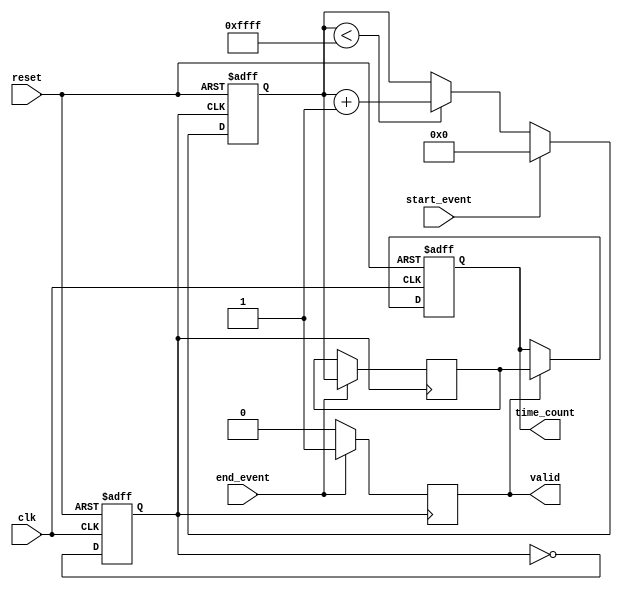
module TDC (
    input wire clk,                // System clock
    input wire reset,              // Reset signal
    input wire start_event,        // Start event signal
    input wire end_event,          // End event signal
    output reg [15:0] time_count,  // Output time interval count
    output reg valid               // Output valid signal
);

    // PLL Parameters
    parameter VCO_FREQ = 100;      // VCO frequency multiplier
    parameter COUNTER_WIDTH = 16;   // Width of the counter

    // Internal signals
    reg [COUNTER_WIDTH-1:0] counter; // Digital counter
    reg vco_clk;                     // VCO clock output
    reg [COUNTER_WIDTH-1:0] captured_count; // Captured count on end_event

    // VCO generation (simple toggle for demonstration)
    always @(posedge clk or posedge reset) begin
        if (reset) begin
            vco_clk <= 0;
        end else begin
            vco_clk <= ~vco_clk; // Toggle VCO clock
        end
    end

    // Digital Counter
    always @(posedge vco_clk or posedge reset) begin
        if (reset) begin
            counter <= 0;
        end else if (start_event) begin
            counter <= 0; // Reset counter on start_event
        end else if (counter < (2**COUNTER_WIDTH - 1)) begin
            counter <= counter + 1; // Increment counter
        end
    end

    // Capture the count on end_event
    always @(posedge vco_clk) begin
        if (end_event) begin
            captured_count <= counter; // Capture the current count
            valid <= 1;                // Set valid signal
        end else begin
            valid <= 0;                // Clear valid signal
        end
    end

    // Output the captured count
    always @(posedge clk or posedge reset) begin
        if (reset) begin
            time_count <= 0;
        end else if (valid) begin
            time_count <= captured_count; // Output the captured count
        end
    end

endmodule